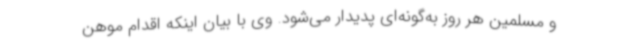
و مسلمین هر روز به‌گونه‌ای پدیدار می‌شود. وی با بیان اینکه اقدام موهن